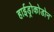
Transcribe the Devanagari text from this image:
हाईड्रोकोडोन